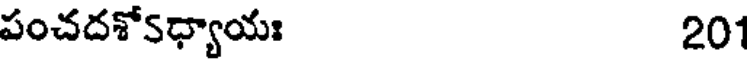
పంచదశోSధ్యాయః 201